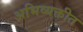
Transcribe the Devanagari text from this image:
अभिव्यक्तीत